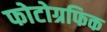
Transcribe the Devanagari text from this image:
फोटोग्रफिक